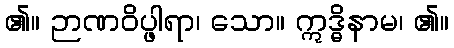
၏။ ဉာဏဝိပ္ဖါရာ၊ သော။ ဣဒ္ဓိနာမ၊ ၏။